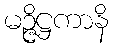
မဉ္ဇိဋ္ဌကာနိ